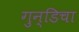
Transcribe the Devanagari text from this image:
गुन्डिचा